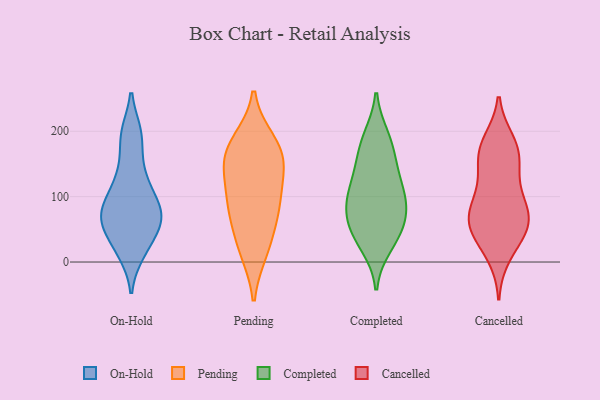
{"axis": {"x": "Backlog", "y": "Value"}, "legend": ["Cancelled", "Completed", "On-Hold", "Pending"], "data": [{"x": "", "y": 147, "type": "On-Hold"}, {"x": "", "y": 22, "type": "On-Hold"}, {"x": "", "y": 196, "type": "On-Hold"}, {"x": "", "y": 195, "type": "On-Hold"}, {"x": "", "y": 117, "type": "On-Hold"}, {"x": "", "y": 74, "type": "On-Hold"}, {"x": "", "y": 110, "type": "On-Hold"}, {"x": "", "y": 67, "type": "On-Hold"}, {"x": "", "y": 62, "type": "On-Hold"}, {"x": "", "y": 72, "type": "On-Hold"}, {"x": "", "y": 82, "type": "On-Hold"}, {"x": "", "y": 47, "type": "On-Hold"}, {"x": "", "y": 15, "type": "On-Hold"}, {"x": "", "y": 75, "type": "Pending"}, {"x": "", "y": 184, "type": "Pending"}, {"x": "", "y": 161, "type": "Pending"}, {"x": "", "y": 178, "type": "Pending"}, {"x": "", "y": 18, "type": "Pending"}, {"x": "", "y": 147, "type": "Pending"}, {"x": "", "y": 25, "type": "Pending"}, {"x": "", "y": 153, "type": "Pending"}, {"x": "", "y": 114, "type": "Pending"}, {"x": "", "y": 91, "type": "Pending"}, {"x": "", "y": 78, "type": "Pending"}, {"x": "", "y": 59, "type": "Completed"}, {"x": "", "y": 156, "type": "Completed"}, {"x": "", "y": 95, "type": "Completed"}, {"x": "", "y": 87, "type": "Completed"}, {"x": "", "y": 95, "type": "Completed"}, {"x": "", "y": 25, "type": "Completed"}, {"x": "", "y": 186, "type": "Completed"}, {"x": "", "y": 114, "type": "Completed"}, {"x": "", "y": 34, "type": "Completed"}, {"x": "", "y": 54, "type": "Completed"}, {"x": "", "y": 61, "type": "Completed"}, {"x": "", "y": 117, "type": "Completed"}, {"x": "", "y": 191, "type": "Completed"}, {"x": "", "y": 152, "type": "Completed"}, {"x": "", "y": 86, "type": "Cancelled"}, {"x": "", "y": 154, "type": "Cancelled"}, {"x": "", "y": 49, "type": "Cancelled"}, {"x": "", "y": 178, "type": "Cancelled"}, {"x": "", "y": 68, "type": "Cancelled"}, {"x": "", "y": 184, "type": "Cancelled"}, {"x": "", "y": 79, "type": "Cancelled"}, {"x": "", "y": 160, "type": "Cancelled"}, {"x": "", "y": 123, "type": "Cancelled"}, {"x": "", "y": 63, "type": "Cancelled"}, {"x": "", "y": 105, "type": "Cancelled"}, {"x": "", "y": 169, "type": "Cancelled"}, {"x": "", "y": 54, "type": "Cancelled"}, {"x": "", "y": 60, "type": "Cancelled"}, {"x": "", "y": 11, "type": "Cancelled"}, {"x": "", "y": 30, "type": "Cancelled"}]}